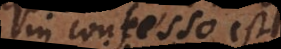
in confesso est